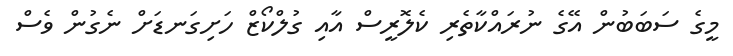
މީގެ ސަބަބުން އޭގެ ނުރައްކާތެރި ކެލޮރީސް އާއި ގުލްކޯޒް ހަށިގަނޑަށް ނެގުން ވެސް